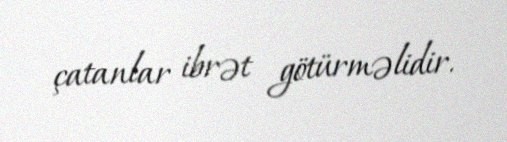
çatanlar ibrət götürməlidir.